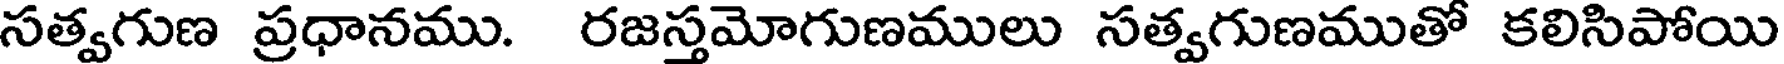
సత్వగుణ ప్రధానము. రజస్తమోగుణములు సత్వగుణముతో కలిసిపోయి